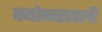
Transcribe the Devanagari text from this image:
वयोगटातली